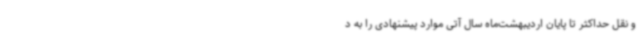
و نقل حداکثر تا پایان اردیبهشت‌ماه سال آتی موارد پیشنهادی را به د